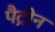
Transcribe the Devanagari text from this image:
पैट्रोन